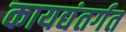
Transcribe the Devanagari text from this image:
कायद्यंतर्गत